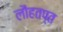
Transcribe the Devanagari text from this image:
लौहतप्त